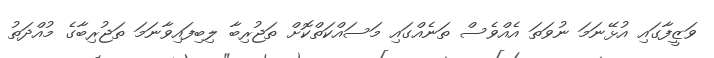
ވަޒީފާގައި އުޅޭނަމަ ނުވަތަ އެއްވެސް ތަނެއްގައި މަސައްކަތްކޮށް ތަޖުރިބާ ލިބިފައިވާނަމަ ތަޖުރިބާގެ މުއްދަތު